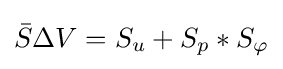
{\bar {S}}\Delta {}V=S_{u}+S_{p}*S_{\varphi }